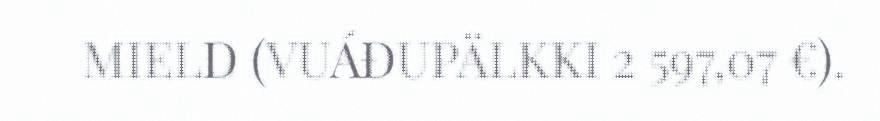
MIELD (VUÁĐUPÄLKKI 2 597,07 €).